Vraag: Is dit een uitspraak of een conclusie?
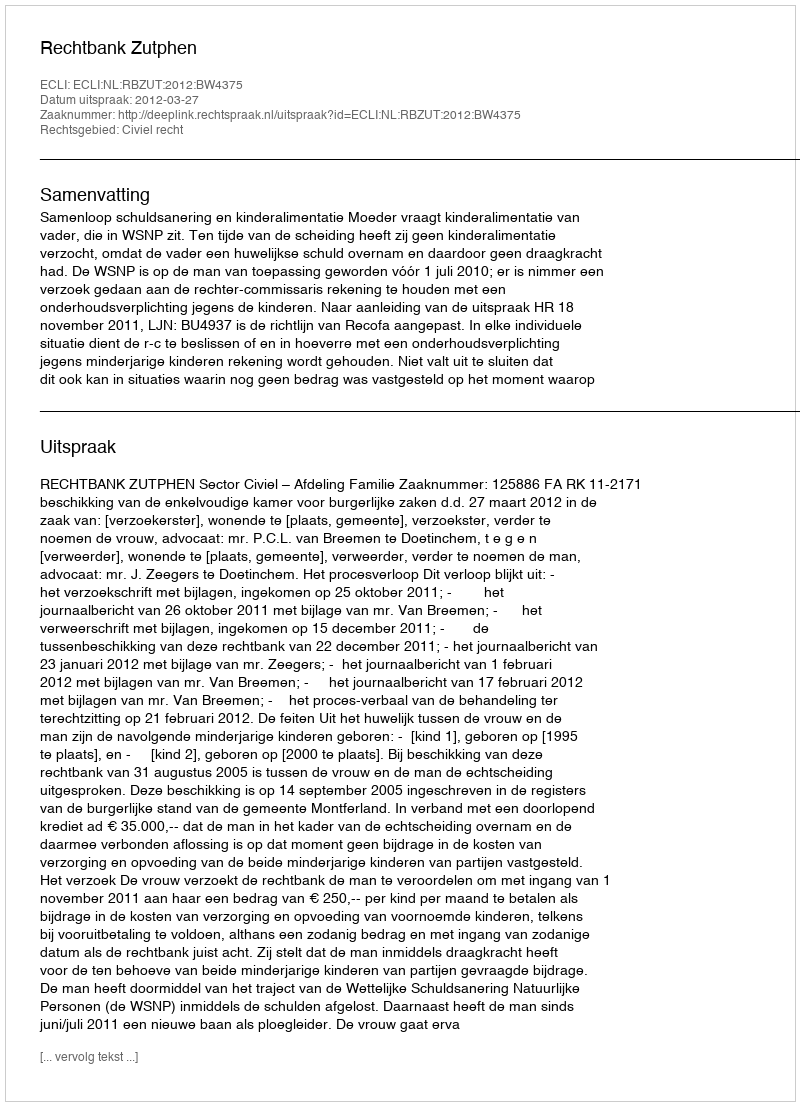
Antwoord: Uitspraak